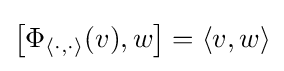
\left[\Phi _{\langle \cdot ,\cdot \rangle }(v),w\right]=\langle v,w\rangle